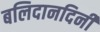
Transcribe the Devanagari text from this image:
बलिदानदिनी